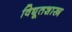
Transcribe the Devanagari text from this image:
विद्यूतशास्त्र